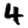
Digit: 4